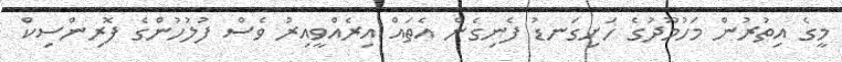
މީގެ އިތުރުން މަހުމޫދުގެ ހަށިގަނޑު ފެނިގެން އެތައް އިރެއްވީއިރު ވެސް ފުލުހުންގެ ފޮރިންސިކް